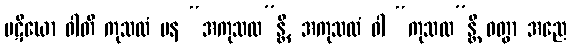
ပဋိဃော ဝါတိ ကုသလံ ပန “အကုသလ”န္တိ, အကုသလံ ဝါ “ကုသလ”န္တိ ဝတွာ အညေ